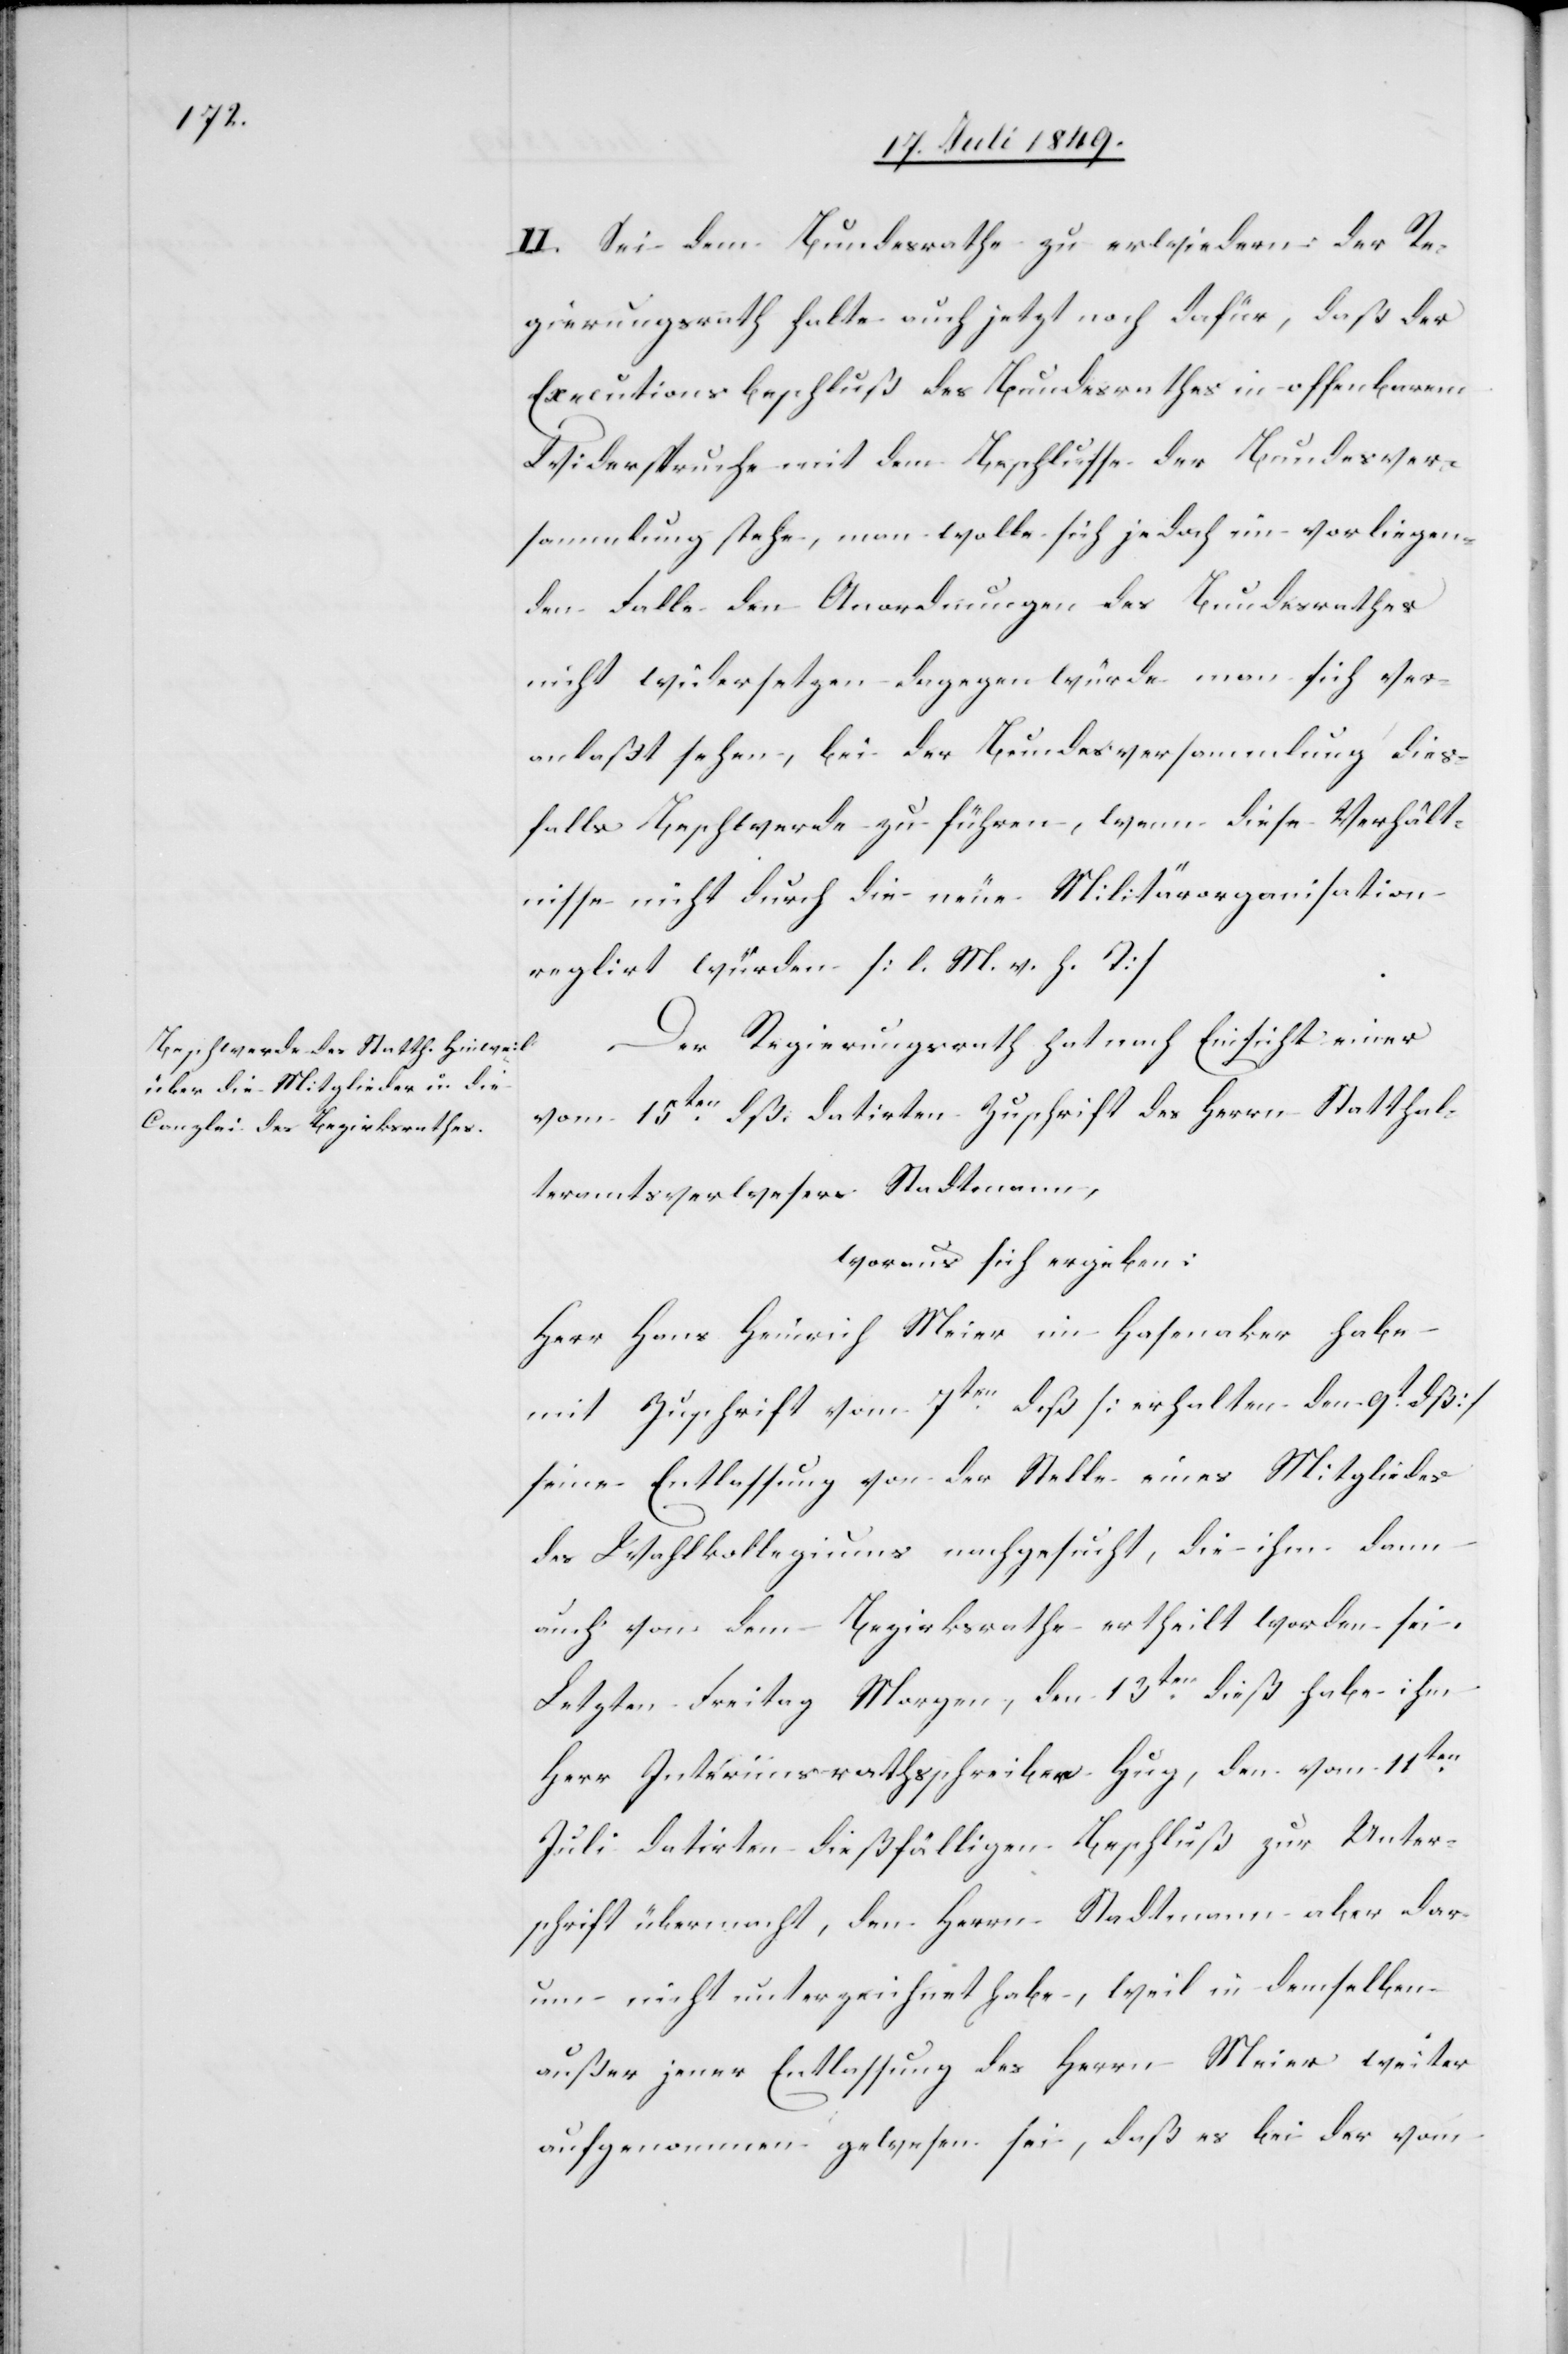
II. Sei dem Bundesrathe zu erwiedern: der Re¬
gierungsrath halte auch jetzt noch dafür, daß der
Executionsbeschluß des Bundesrathes in offenbarem
Widerspruche mit dem Beschlusse der Bundesver¬
sammlung stehe, man wolle sich jedoch im vorliegen¬
den Falle den Anordnungen des Bundesrathes
nicht widersetzen dagegen würde man sich ver¬
anlaßt sehen, bei der Bundesversammlung dies¬
falls Beschwerde zu führen, wenn diese Verhält¬
nisse nicht durch die neue Militärorganisation
reglirt würden [l. M. v. h. T][.]
Der Regierungsrath hat nach Einsicht einer
vom 15ten dß. datirten Zuschrift des Herrn Statthal¬
teramtsverwesers Stadtmann,
woraus sich ergeben:
Herr Hans Heinrich Meier im Hafenaker habe
mit Zuschrift vom 7ten dß [erhalten den 9t dß]
seine Entlassung von der Stelle eines Mitgliedes
des Wahlkollegiums nachgesucht, die ihm dann
auch von dem Bezirksrathe ertheilt worden sei.
Letzten Freitag Morgen, den 13ten dieß habe ihm
Herr Interimsrathsschreiber Hug, den vom 11ten
Juli datirten dießfälligen Beschluß zur Unter¬
schrift übermacht, den Herrn Stadtmann aber dar¬
um nicht unterzeichnet habe, weil in demselben
außer jener Entlassung des Herrn Meier weiter
aufgenommen gewesen sei, daß es bei der vom